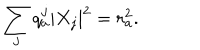
\sum _ { j } q _ { a } ^ { j } | X _ { j } | ^ { 2 } = r _ { a } ^ { 2 } .